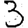
Digit: 3